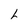
Character: L